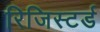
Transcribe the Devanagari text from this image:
रिजिस्टर्ड